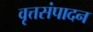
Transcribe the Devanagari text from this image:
वृत्तसंपादन